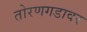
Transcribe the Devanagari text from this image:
तोरणगडावर